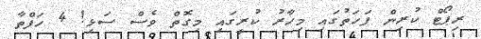
ރިޕޯޓް ކުރިން ފަހަތުގައި މިހާރު ކުރީގައި މިގޮތް ވެސް ސަޅި! 4 ހަފްތާ